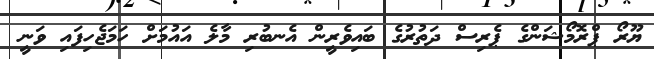
ޔޫރޯ ޕްރޮމޯޝަންގެ ޕެރިސް ދަތުރުގެ ބައިވެރީން އެނބުރި މާލެ އައުމަށް ހަމަޖެހިފައި ވަނީ